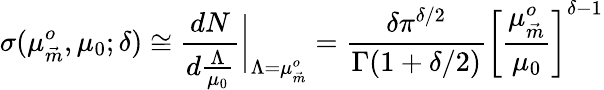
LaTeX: \sigma(\mu_{\vec{m}}^{o},\mu_{0};\delta)\cong\frac{dN}{d\frac{\Lambda}{\mu_{0}}}\bigg\vert_{\Lambda=\mu_{\vec{m}}^{o}}=\frac{\delta\pi^{\delta/2}}{\Gamma(1+\delta/2)}\left[\frac{\mu_{\vec{m}}^{o}}{\mu_{0}}\right]^{\delta-1}